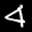
Label: 4